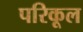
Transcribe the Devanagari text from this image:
परिकूल